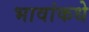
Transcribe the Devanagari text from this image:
भावांकधे